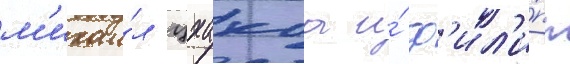
м'ихаи́л цхакаа и́ ф'ил'и́пп